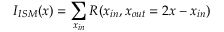
I _ { I S M } ( x ) = \sum _ { x _ { i n } } R ( x _ { i n } , x _ { o u t } = 2 x - x _ { i n } )